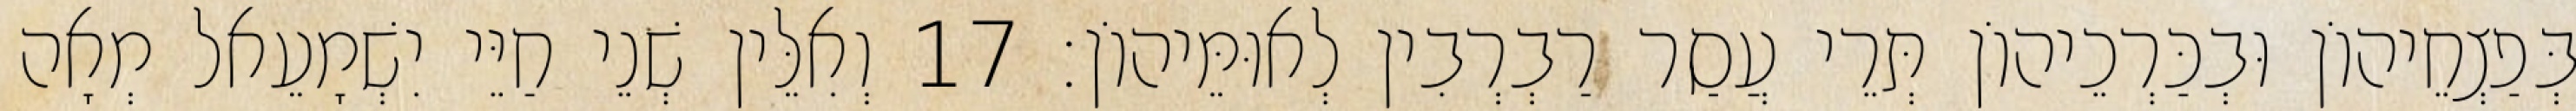
בְּפַצְחֵיהוֹן וּבְכַּרְכֵיהוֹן תְּרֵי עֲסַר רַבְרְבִין לְאוּמֵּיהוֹן׃ 17 וְאִלֵּין שְׁנֵי חַיֵּי יִשְׁמָעֵאל מְאָה